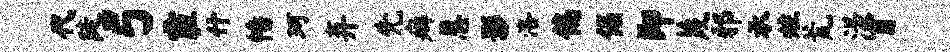
代陡弓霾什幡珂弃先癖恩影洛偏倔即蔑邪承炷荒漾盲